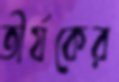
তীর্যকের